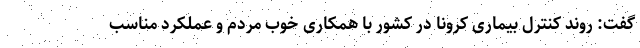
گفت: روند کنترل بیماری کرونا در کشور با همکاری خوب مردم و عملکرد مناسب